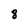
Character: 8